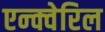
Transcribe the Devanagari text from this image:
एन्क्वेरिल